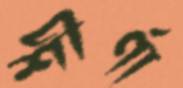
শীর্ণা